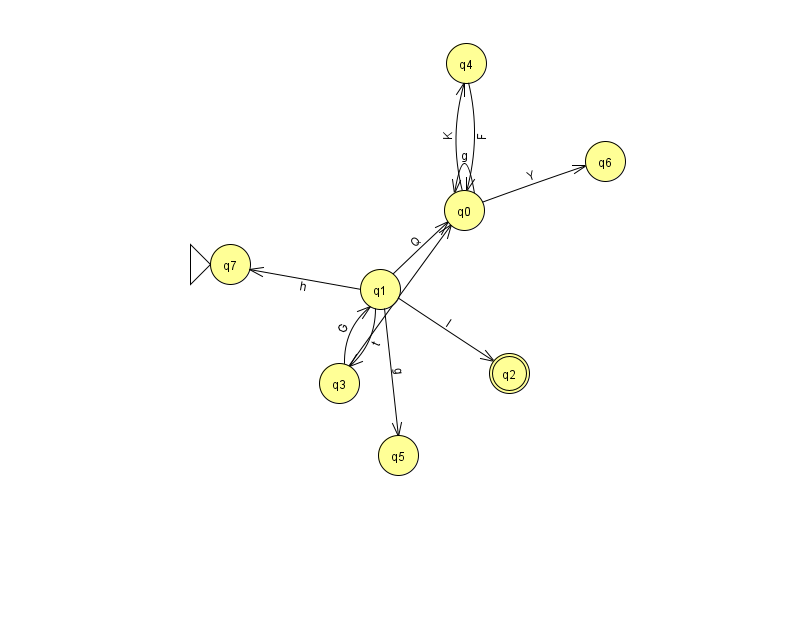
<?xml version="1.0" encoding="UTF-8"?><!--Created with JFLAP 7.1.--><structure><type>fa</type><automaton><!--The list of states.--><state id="0" name="q0"><x>464.0</x><y>197.0</y></state><state id="1" name="q1"><x>380.0</x><y>276.0</y></state><state id="2" name="q2"><x>509.0</x><y>360.0</y><final/></state><state id="3" name="q3"><x>339.0</x><y>370.0</y></state><state id="4" name="q4"><x>466.0</x><y>50.0</y></state><state id="5" name="q5"><x>398.0</x><y>442.0</y></state><state id="6" name="q6"><x>605.0</x><y>148.0</y></state><state id="7" name="q7"><x>230.0</x><y>251.0</y><initial/></state><!--The list of transitions.--><transition><from>3</from><to>0</to><read>B</read></transition><transition><from>0</from><to>0</to><read>g</read></transition><transition><from>0</from><to>4</to><read>K</read></transition><transition><from>1</from><to>2</to><read>I</read></transition><transition><from>0</from><to>6</to><read>Y</read></transition><transition><from>4</from><to>0</to><read>F</read></transition><transition><from>1</from><to>3</to><read>t</read></transition><transition><from>1</from><to>7</to><read>h</read></transition><transition><from>1</from><to>0</to><read>Q</read></transition><transition><from>1</from><to>5</to><read>g</read></transition><transition><from>3</from><to>1</to><read>G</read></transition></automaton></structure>